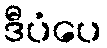
ဒီပံပေ